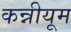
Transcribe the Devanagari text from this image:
कन्नीयूम